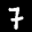
Label: 7